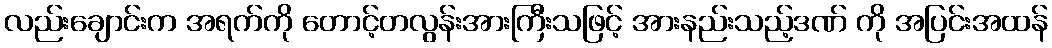
လည်းချောင်းက အရက်ကို တောင့်တလွန်းအားကြီးသဖြင့် အားနည်းသည့်ဒဏ် ကို အပြင်းအထန်